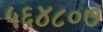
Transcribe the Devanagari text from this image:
५६४८०७